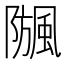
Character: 𩗧